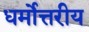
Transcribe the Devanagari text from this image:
धर्मोत्तरीय